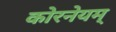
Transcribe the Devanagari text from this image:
कोरनेयम्